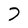
Character: 7